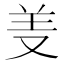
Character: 𱻊